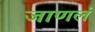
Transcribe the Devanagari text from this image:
जाणलं